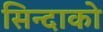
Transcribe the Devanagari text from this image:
सिन्दाको